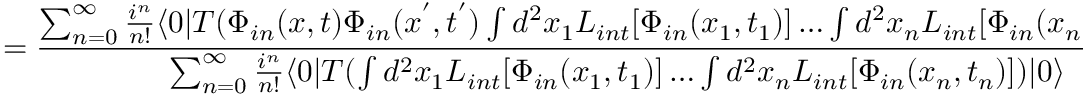
= \frac { \sum _ { n = 0 } ^ { \infty } \frac { i ^ { n } } { n ! } \langle 0 | T ( \Phi _ { i n } ( x , t ) \Phi _ { i n } ( x ^ { ' } , t ^ { ' } ) \int d ^ { 2 } x _ { 1 } { \cal L } _ { i n t } [ \Phi _ { i n } ( x _ { 1 } , t _ { 1 } ) ] \dots \int d ^ { 2 } x _ { n } { \cal L } _ { i n t } [ \Phi _ { i n } ( x _ { n } , t _ { n } ) ] ) | 0 \rangle } { \sum _ { n = 0 } ^ { \infty } \frac { i ^ { n } } { n ! } \langle 0 | T ( \int d ^ { 2 } x _ { 1 } { \cal L } _ { i n t } [ \Phi _ { i n } ( x _ { 1 } , t _ { 1 } ) ] \dots \int d ^ { 2 } x _ { n } { \cal L } _ { i n t } [ \Phi _ { i n } ( x _ { n } , t _ { n } ) ] ) | 0 \rangle } \quad .